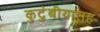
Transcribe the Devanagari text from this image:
कुटुंबीयासह